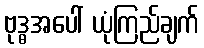
ဗုဒ္ဓအပေါ် ယုံကြည်ချက်